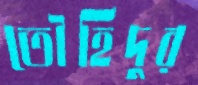
তৌহিদুর